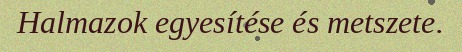
Halmazok egyesítése és metszete.